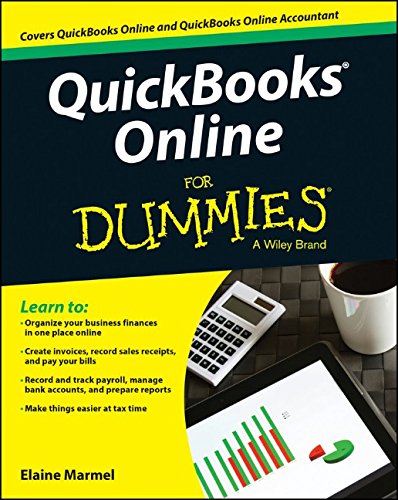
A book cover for QuickBooks Online For Dummies; Elaine Marmel; Computers & Technology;